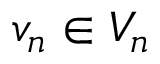
v _ { n } \in V _ { n }